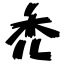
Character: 禿